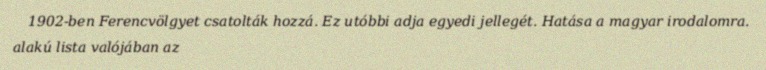
1902-ben Ferencvölgyet csatolták hozzá. Ez utóbbi adja egyedi jellegét. Hatása a magyar irodalomra. alakú lista valójában az